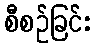
စီစဉ်ခြင်း